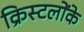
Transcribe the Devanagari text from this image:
क्रिस्टलोंके